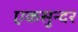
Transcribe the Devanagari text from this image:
एकसुन्दर